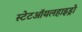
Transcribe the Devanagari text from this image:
स्टेटऑयलहाइड्रो